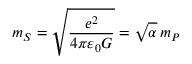
m _ { S } = { \sqrt { \frac { e ^ { 2 } } { 4 \pi \varepsilon _ { 0 } G } } } = { \sqrt { \alpha } } \, m _ { P }